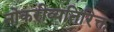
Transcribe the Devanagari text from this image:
नोकरीव्यतिरिक्त